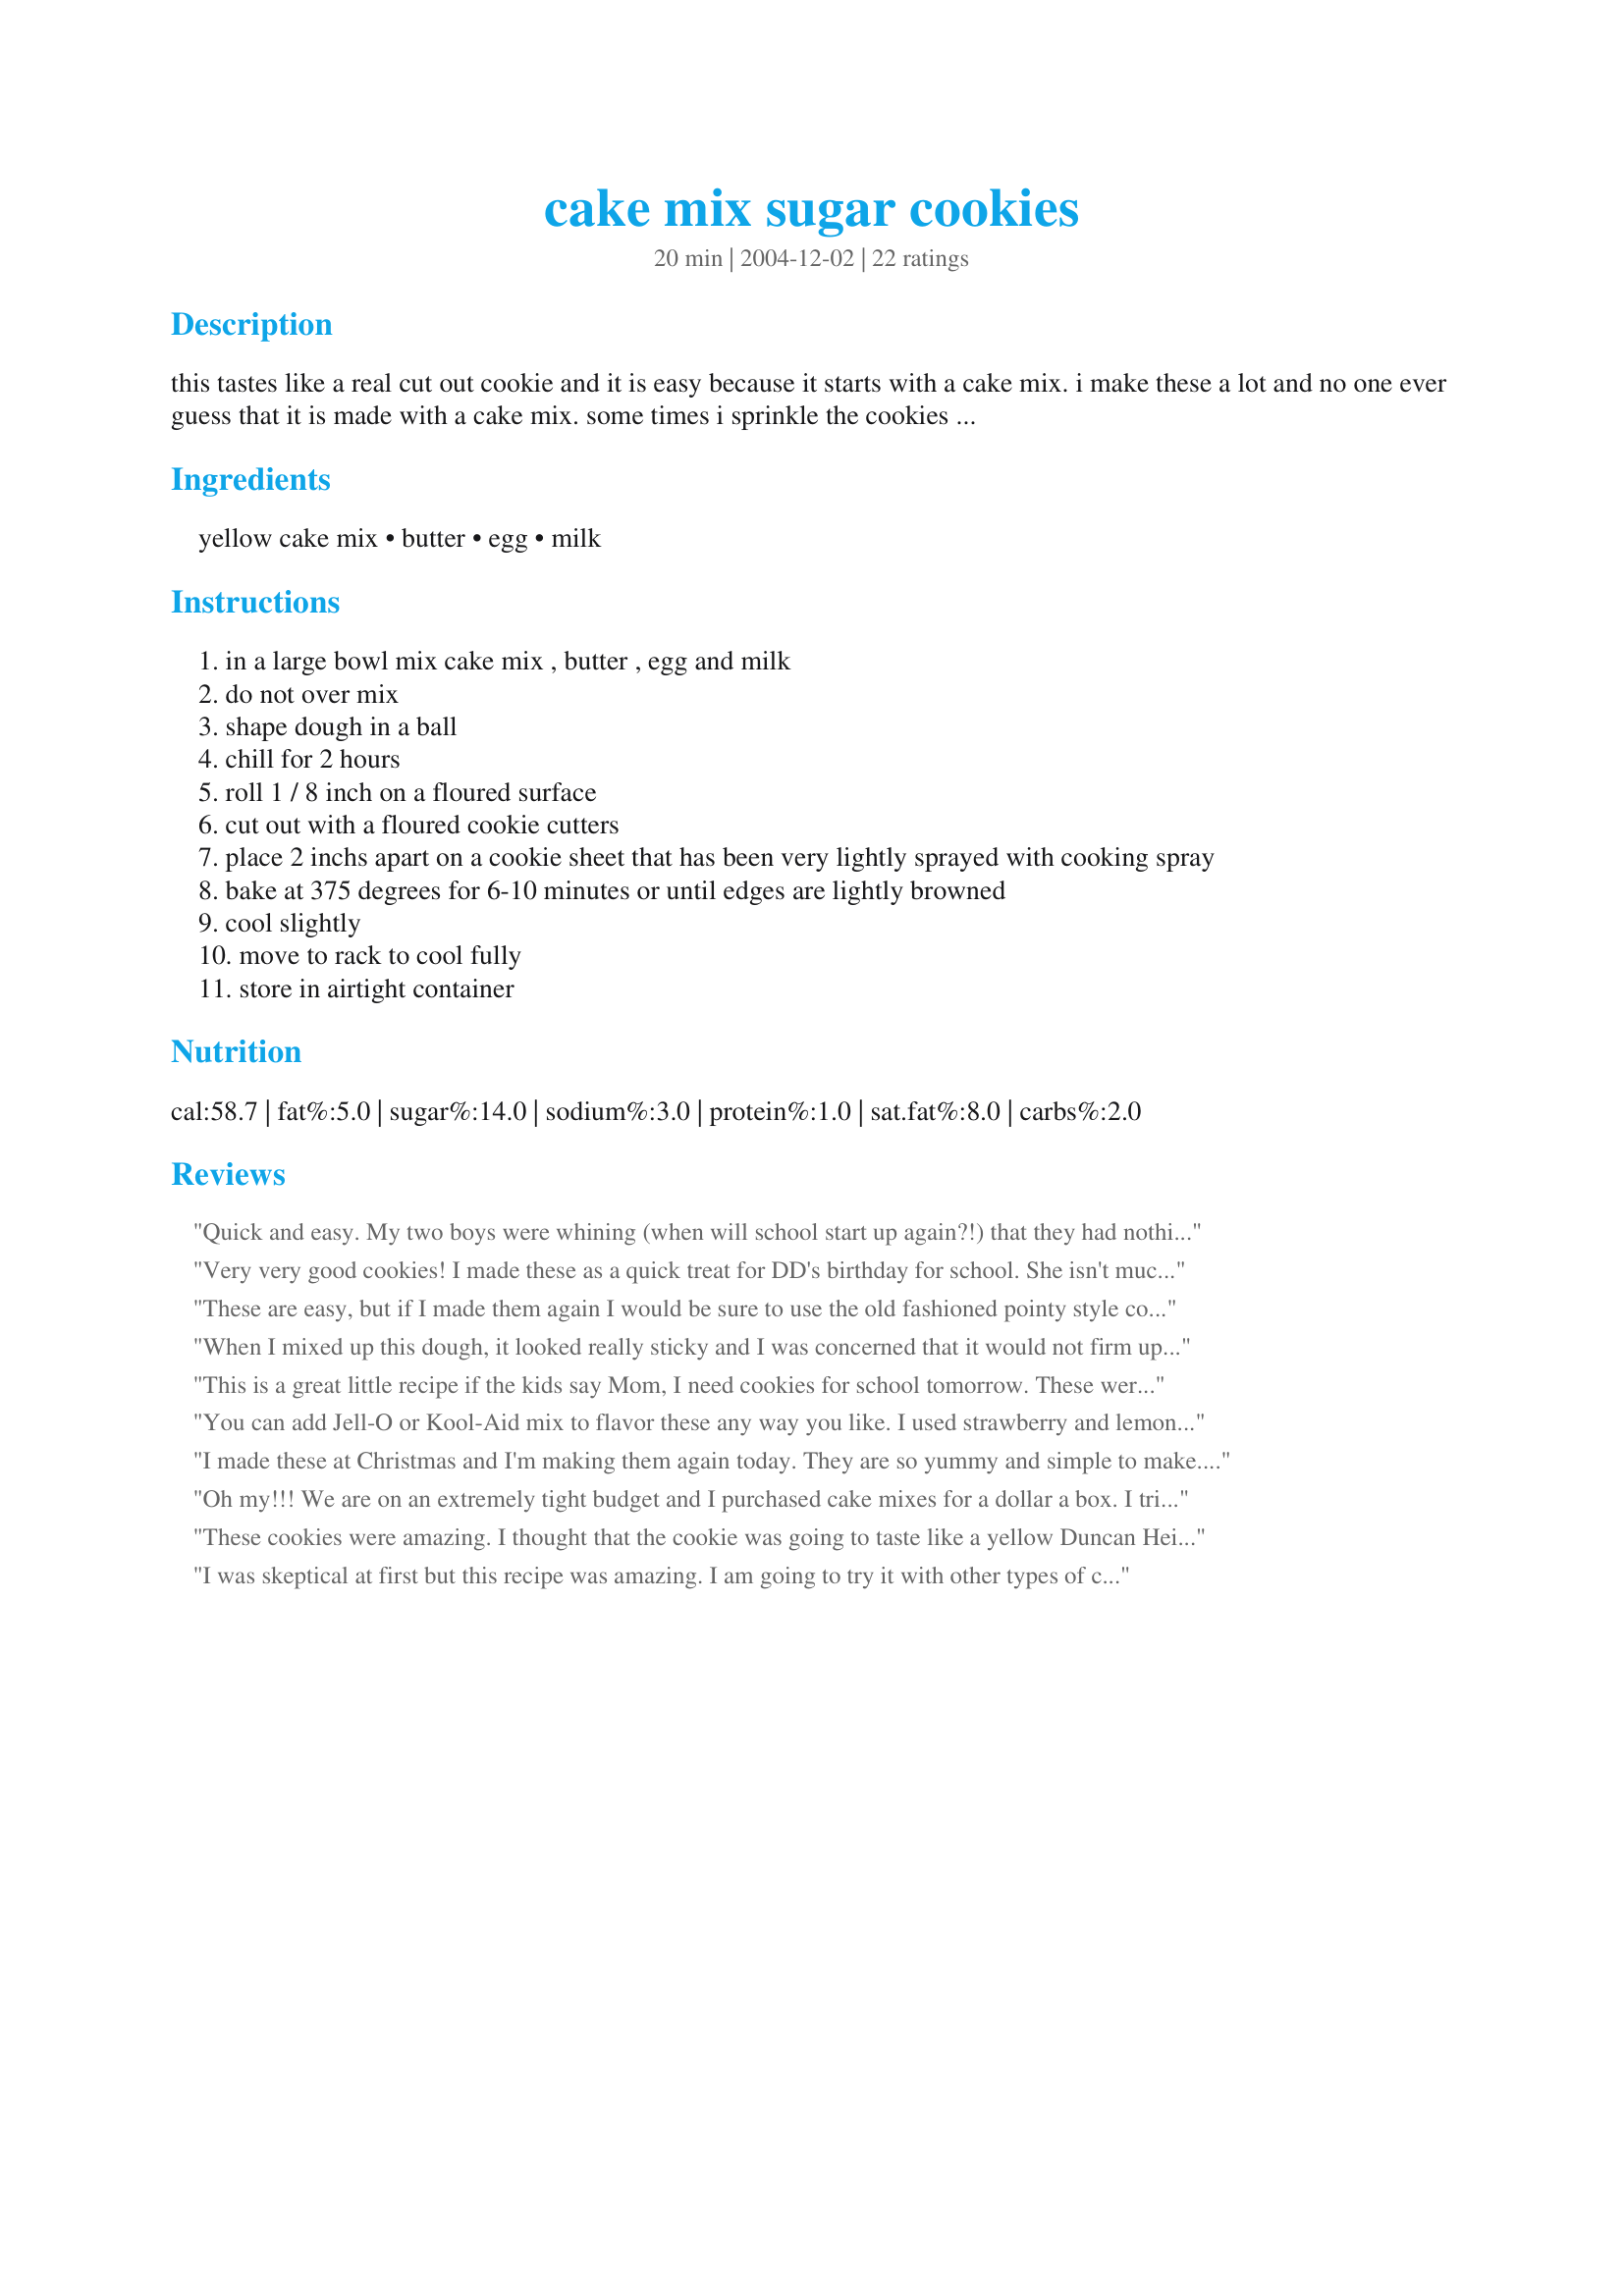
cake mix sugar cookies
Preparation time: 20 minutes

this tastes like a real cut out cookie and it is easy because it starts with a cake mix. i make these a lot and no one ever guess that it is made with a cake mix. some times i sprinkle the cookies with cinammon sugar before i bake them. cooking time does not reflect chill time.

Ingredients:
yellow cake mix, butter, egg, milk

Steps:
in a large bowl mix cake mix , butter , egg and milk
do not over mix
shape dough in a ball
chill for 2 hours
roll 1 / 8 inch on a floured surface
cut out with a floured cookie cutters
place 2 inchs apart on a cookie sheet that has been very lightly sprayed with cooking spray
bake at 375 degrees for 6-10 minutes or until edges are lightly browned
cool slightly
move to rack to cool fully
store in airtight container

Reviews:
Quick and easy. My two boys were whining (when will school start up again?!) that they had nothing to do. We mixed this up, went outside for a couple of hours and they made the cookies. I was surprised how well they turned out. Thanks
Very very good cookies! I made these as a quick treat for DD's birthday for school. She isn't much into cooking, so they came together just quick and easy enough for her to do. We did not roll them out. We rolled them into balls, then rolled them in cinnamon sugar mix, then squashed them a little. We also added a little orange extract. Awesome. Thanks! :)
These are easy, but if I made them again I would be sure to use the old fashioned pointy style cookie cutters, because they puff up and tend to lose their original shape with the more rounded cutters. These cookies are super sweet. As in you still taste the sugar in your mouth an hour later. But they sure made my house smell delicious!
When I mixed up this dough, it looked really sticky and I was concerned that it would not firm up enough to roll out. Well, fight the urge to add more flour!!! I scooped the sticky stuff onto plastic wrap and two hours later...a firm disc perfect for rolling. Oh and I used chocolate cake mix, as it was all I had, but it worked perfectly. Opens up a whole new world of cookies just by changing the cake mix flavors....maybe next time lemon or spice....oooh.
This is a great little recipe if the kids say Mom, I need cookies for school tomorrow. These were simple to make, and quite tasty to boot! I took the advice of another chef, and just rolled them into two logs, put in the freezer for awhile and then just sliced and baked, so easy. Then I frosted them with icing, but they are good enough to stand on their own. Our family really enjoyed them. When I rolled them into a log, and sliced, they took on an oval shape, and when frosted they reminded me of an Easter egg, think I will make at Easter, and frost with different color icings to make a colorful plate for Easter time. Thank you.
You can add Jell-O or Kool-Aid mix to flavor these any way you like. I used strawberry and lemonade flavors and rolled each separately then laid one on top of the other to cut out. They were AWESOME !!!!!!!
I made these at Christmas and I'm making them again today. They are so yummy and simple to make. I used French Vanilla cake mix and it was so good. Today I have white cake mix, so we'll see how that turns out. Thanks for this awesome recipe.
Oh my!!! We are on an extremely tight budget and I purchased cake mixes for a dollar a box. I tried theese cookies and they are beyond wonderful. So easy to throw together, I made 4 rolls and froze them. We are a small family and take out a roll for a treat after dinner. We get about 14 cookies a roll, very economic and the taste is so good, not to mention the smell. I am so glad I found this recipe and will try it out with other flavors.
These cookies were amazing. I thought that the cookie was going to taste like a yellow Duncan Heinz cake, but the cookies tasted like butter cookies. Yummy!
I was skeptical at first but this recipe was amazing. I am going to try it with other types of cake mixes too. Thanks for the awesome trick!
Wow! These came out great. I had to use half butter and half butter-flavored crisco and I was kind of unsure about that; but all was good! I didn't roll these out so I didn't chill the dough first. I used a cookie scoop and got about 30 cookies out of the batch. I baked at 350* for about 10-11 minutes and they came out perfect. Thanks for posting this quick and super easy recipe! (I will try the rolled variety at a later date. This time I just needed plain round cookies.)
I love this recipe for quick cut out cookies - that fact that you add butter (I use grass fed unsalted butter) means they taste like butter cookies made from scratch. The box simply mixed the dry ingredients for you, saving time.
This recipe makes wonderful cookies, and it is so very easy!<br/><br/>I had initially intended to cut the cookies, but I had to change plans for the day and decided it would be quicker to make rounds. rather than roll into logs and slice, I simply rolled dough into 24 gram balls (I weighed them - blame my OCD), flaghtened them with the bottom of a tea cup, dipped them in red sprinkles and baked. In my oven i had the best results with a 10 minute bake. <br/><br/>When these cookies cooled they were slightly crisp, yet still tender, thin and they melt in the mouth. This is a new family favorite recipe, my husband and kids tell me!
Just made this tonight for a last minute valentine treat tomorrow. AMAZING - so simple, yet so delicious. This is definitely on my make again list. Might even be the cut cookies for Christmas of 2012! Thank you
Super easy!!!! Super good!!!! It's the only sugar cookie recipe I use anymore.
OMG!!!! I just made them for the first time for my Xmas cookies and they were totally amazing. So easy and taste like the old fashioned sugar cookies but with less work. My only took 5 minutes in the oven, but that's because my oven was on for a while. I will definitely make this again and again and again.
I used this recipe last weekend for a Girl Scout Christmas event. We made 200 cookies, cut them into gingerbread men shapes, and baked. At the event, the girls got to decorate their cookies with icings and candies. The cookies held up well and the results were fantastic! I will definitely use this recipe again and again!
Soooo very good! How easy, too. Made for Easter cookies. THX!
I don't even roll the dough out. Just form it into a log and chill. slice and bake. Everyone thinks they're wonderful!
I just got through making a batch of these for a Christmas thing I am going to. I used lemon cake mix. They turned out great! And so easy! Will definitely make these again and again. I didn't roll them out at all though. I just kind of made a ball about the size of a golf ball, maybe a litte smaller, and then slightly flattened it out.
while easy - this recipe doesn't take into account the usually smaller size boxes of mix (now 15 not 18) which sadly I didn't notice either. It was sticky but with enough flour, it rolled. It does spread as others noted so any detail in your cutter is lost. My biggest problem was, however, i wanted a cut/roll out cookie - and while this does roll and cut, the results were VERY FRAGILE and so about half of mine went to the scrap pile (we still eat them but...not good for gift or show). Perhaps an adjustment to the size of box mix would help, using a smaller cutter (this was a 3.5&quot; snowflake), or....well - something else. But for me - I will try a different box recipe next time. Taste: good.
Very easy recipe and makes a tasty cookie. I used a yellow butter cake mix and I did refrigerate for the suggested 2 hours. I used Jess's suggestion of making into balls and roll in cinnamon sugar mix. Each tray baked in 8 minutes and made 38 cookies. Next time I would add some vanilla or almont extract. Thank you for posting.
